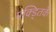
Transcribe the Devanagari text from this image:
पक्ड्तिके